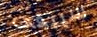
سيبقى